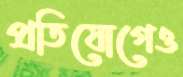
প্রতিযোগেও